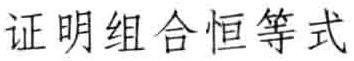
证明组合恒等式